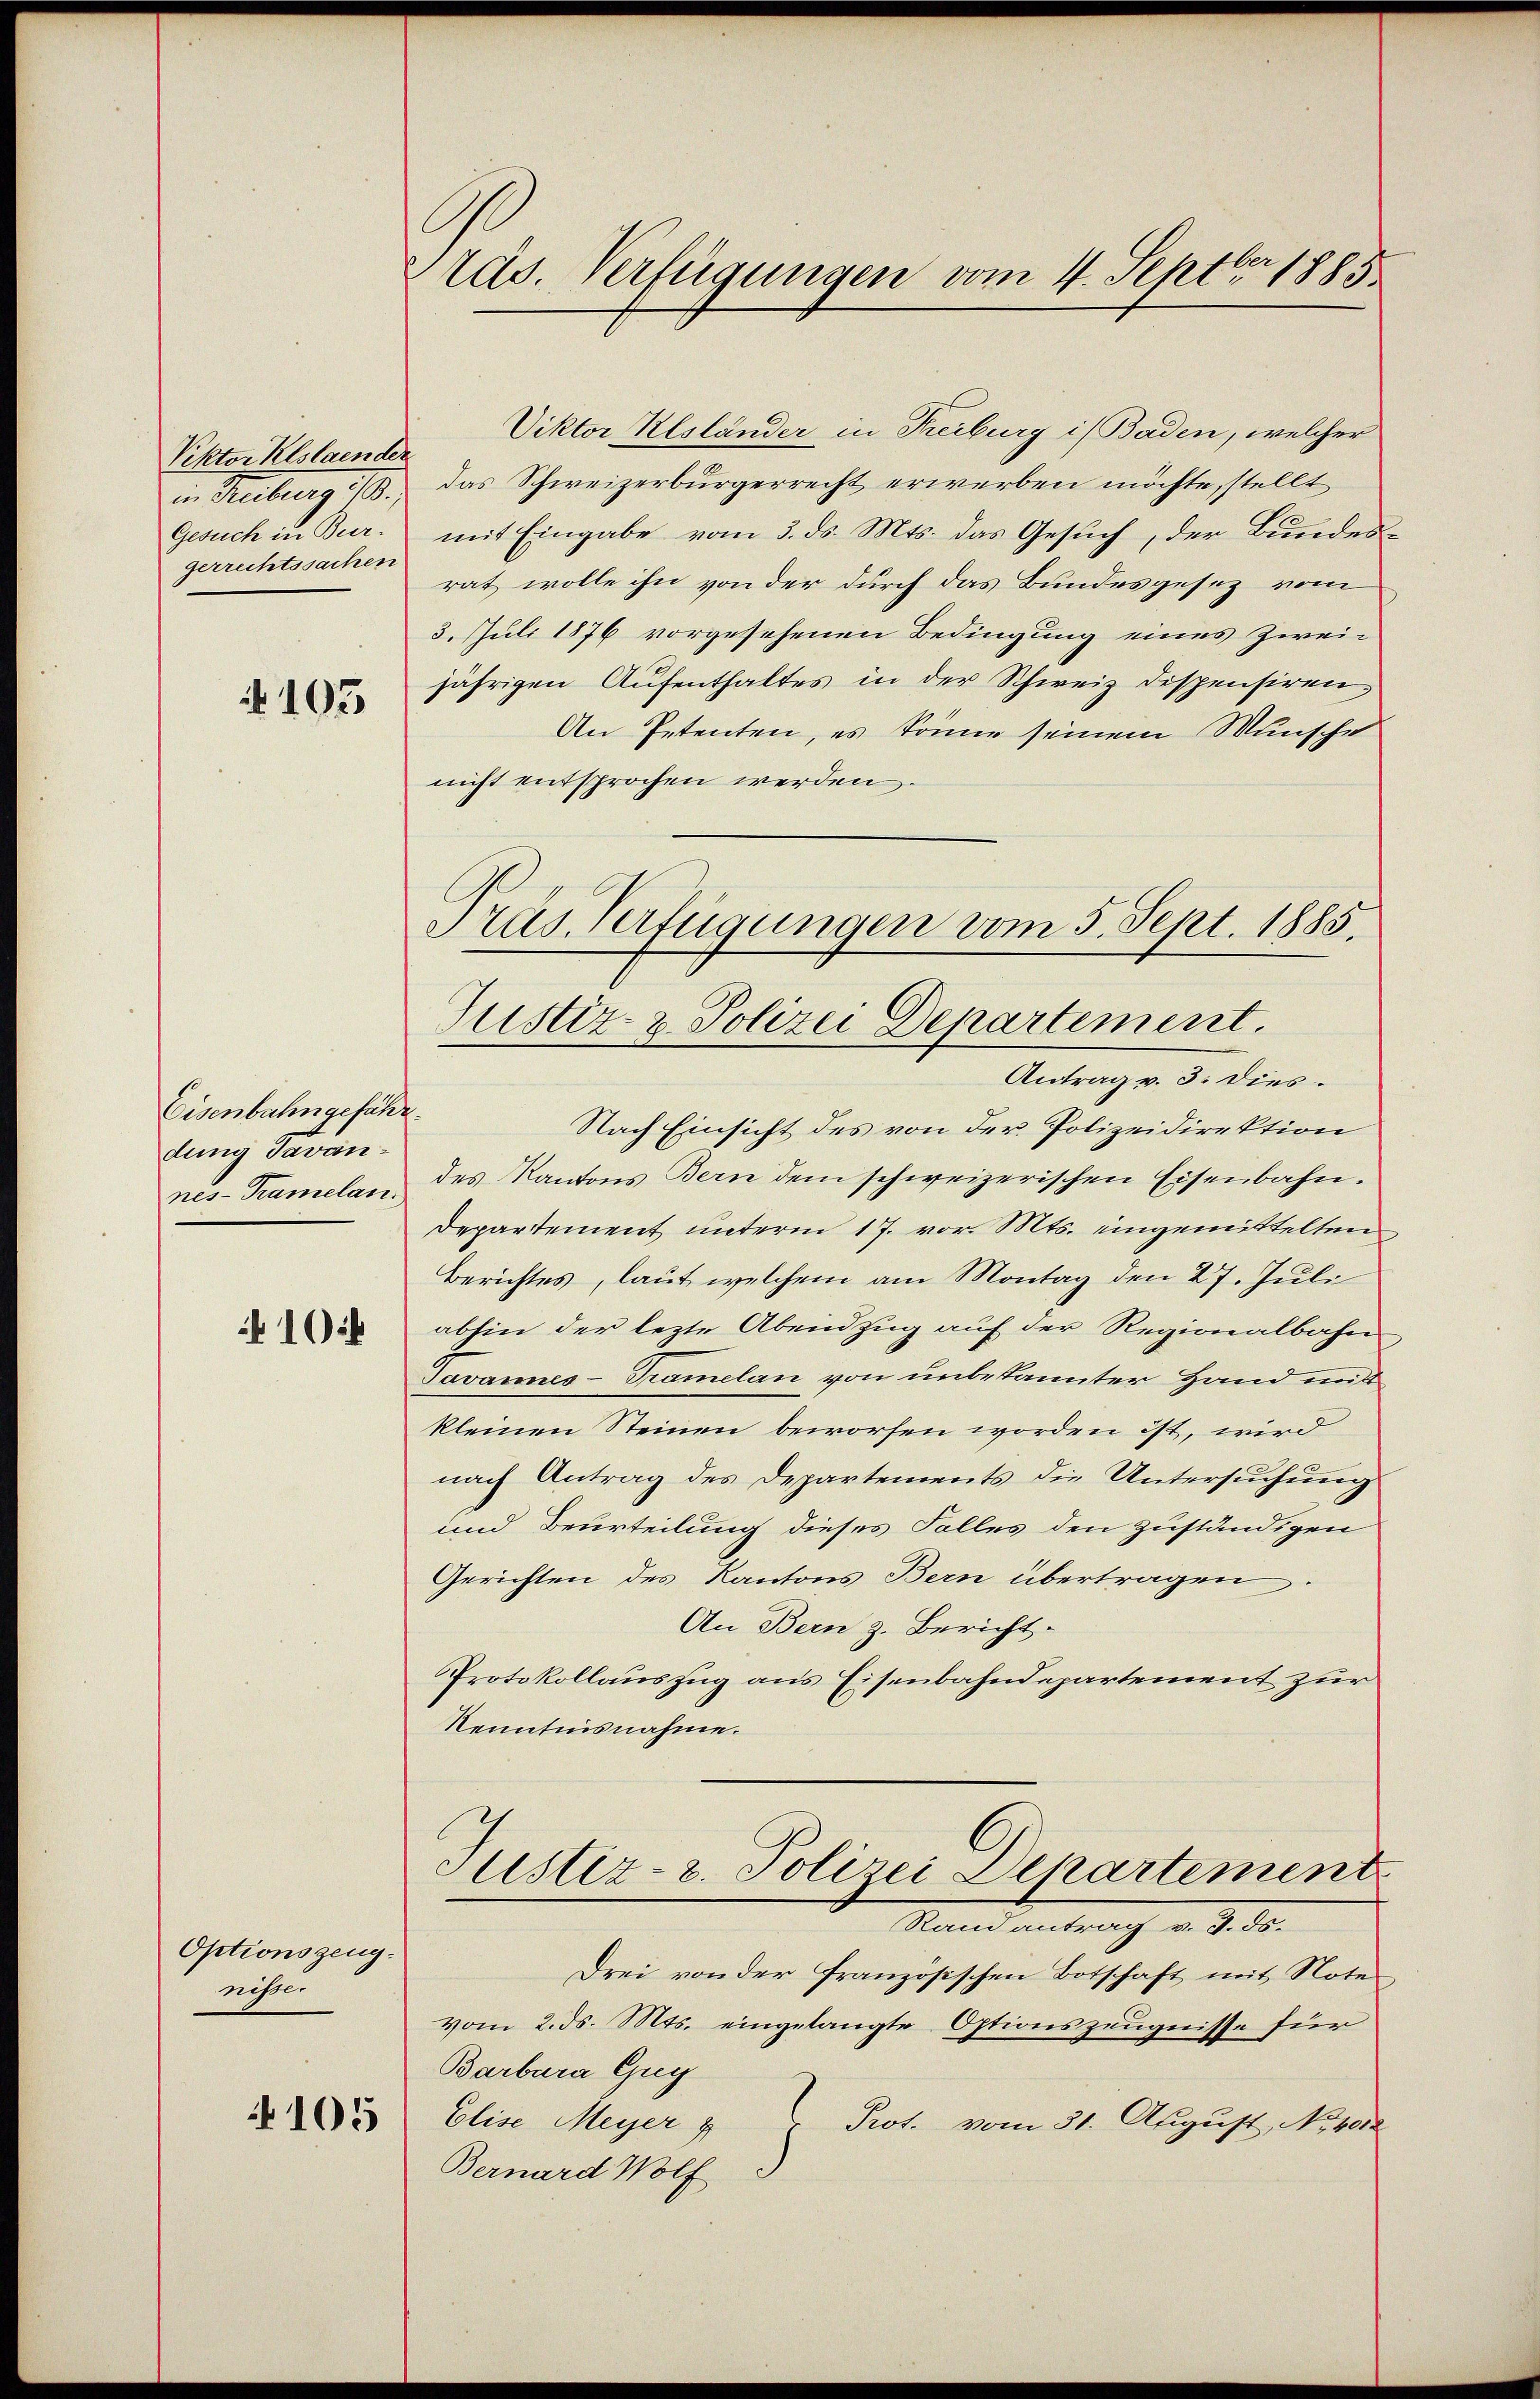
Rektor Klslaender
in Breite 10.
Genche in der
gerrechtssachen

No 103

Eisenbahngeführ
dung Pavan
nes- Tramelan

10f

Optionszeugnister
105

tas. Verfügungen vom 4. Septbr. 1885.

Viktor Alsländer in Freiburg i/Baden, welcher
das Schweizerbürgerrecht erwerben möchte, stellt
mit Eingabe vom 3. ds. Mts. das Gesuch, der Bundesrat wolle ihn von der durch das Bundesgesez vom
3. Juli 1876 vorgesehenen Bedingung eines Zweijährigen Aufenthaltes in der Schweiz dispensiren,
An Petenten, es könne seinem Wunsche
nicht entsprochen werden.
Antrag v. 3. Dies
Nach Einsicht des von der Polizeidirektion
des Kantons Bern dem schweizerischen Eisenbahn.
Departement unterm 17. vor. Mts. eingemittelten
Berichtes, laut welchem am Montag den 27. Juli
abhin der lezte Abendzug auf der Regionalbahn
Pavannes - Tramelan von unbekannter Hand mitt
kleinen Steinen beworfen worden ist, wird
nach Antrag des Departements die Untersuchung
und Beurteilung dieses Falles den zuständigen
Gerichten des Kantons Bern übertragen
An Bern z. Bericht.
Protokollauszug aus Eisenbahndepartement zur
Kenntnisnahme.
l
Justiz- u. Polizei Dekartement
Rand antrag d. d. d.
Drei von der französischen Botschaft mit Note
vom 2. ds. Mts. eingelangte Optionszeugnisse für
Barbara Guy
Elise Meyer &
Prot. vom 31. August, No. 4012
Bernard Wolf

Tras Verfügungen vom 5. Sept. 1885.
Justiz- & Polizei Departement.